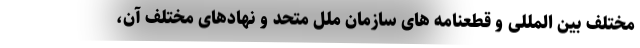
مختلف بین المللی و قطعنامه های سازمان ملل متحد و نهادهای مختلف آن،